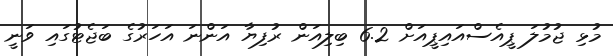
މުޅި ޖުމުލަ ޕީއެސްއައިޕީއަށް 6.2 ބިލިއަން ރުފިޔާ އަންނަ އަހަރުގެ ބަޖެޓުގައި ވަނީ